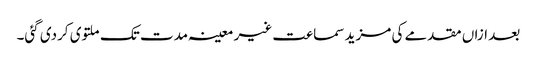
بعد ازاں مقدمے کی مزید سماعت غیر معینہ مدت تک ملتوی کردی گئی۔